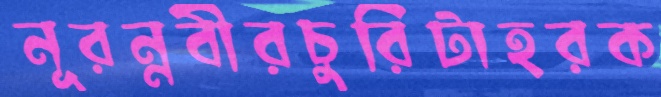
নূরন্নবীরচুরিটাহরক